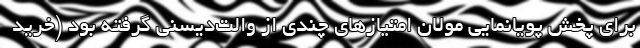
برای پخش پویانمایی مولان امتیازهای چندی از والت‌دیسنی گرفته بود (خریدِ